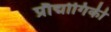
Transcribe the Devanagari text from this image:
प्रौद्मोगिकी